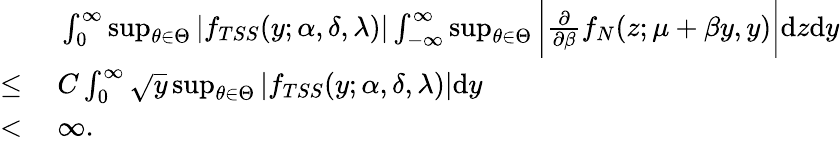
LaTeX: \begin{array}{rl}&{\ \int_{0}^{\infty}\operatorname*{sup}_{\theta\in\Theta}|f_{TSS}(y;\alpha,\delta,\lambda)|\int_{-\infty}^{\infty}\operatorname*{sup}_{\theta\in\Theta}\bigg|\frac{\partial}{\partial\beta}f_{N}(z;\mu+\beta y,y)\bigg|\mathrm{d}z\mathrm{d}y}\\ {\le}&{\ C\int_{0}^{\infty}\sqrt{y}\operatorname*{sup}_{\theta\in\Theta}|f_{TSS}(y;\alpha,\delta,\lambda)|\mathrm{d}y}\\ {<}&{\ \infty.}\end{array}